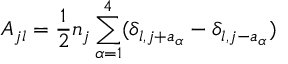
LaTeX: A _ { j l } = \frac 1 2 n _ { j } \sum _ { \alpha = 1 } ^ { 4 } ( \delta _ { l , j + a _ { \alpha } } - \delta _ { l , j - a _ { \alpha } } )